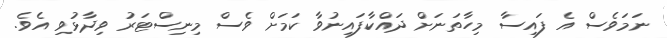
ނަމަވެސް އެ ފައިސާ މިހާތަނަށް ދައްކާފައިނުވާ ކަމަށް ވެސް މިނިސްޓަރު ވިދާޅުވި އެވެ.